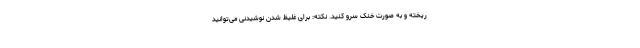
ریخته و به صورت خنک سرو کنید. نکته: برای غلیظ شدن نوشیدنی می‌توانید